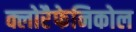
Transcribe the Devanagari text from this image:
क्लोरैफेनिकोल